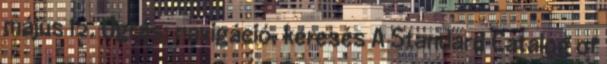
május 12. Ugrás: navigáció, keresés A Standard Catalog of